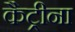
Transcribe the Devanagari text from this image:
कैट्रीना